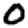
Digit: 0